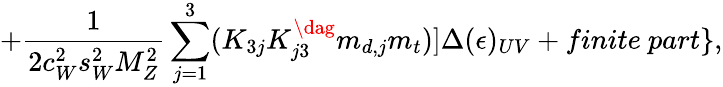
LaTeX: +{\frac{1}{2c_{W}^{2}s_{W}^{2}M_{Z}^{2}}}\sum_{j=1}^{3}(K_{3j}K_{j3}^{\dag}m_{d,j}m_{t})]\Delta(\epsilon)_{UV}+finite\ part\} ,